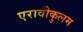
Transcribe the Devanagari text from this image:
एरावीकुलम